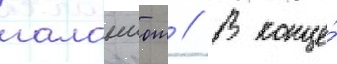
галанчож // В конце́